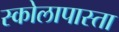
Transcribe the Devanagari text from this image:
स्कोलापास्ता